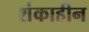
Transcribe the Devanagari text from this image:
शंकाहीन